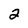
Character: 2